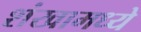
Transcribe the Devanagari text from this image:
शंखामध्ये